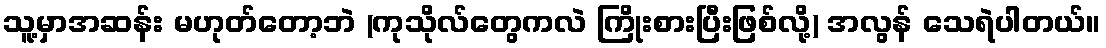
သူ့မှာအဆန်း မဟုတ်တော့ဘဲ (ကုသိုလ်တွေကလဲ ကြိုးစားပြီးဖြစ်လို့) အလွန် သေရဲပါတယ်။